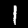
Label: 1